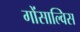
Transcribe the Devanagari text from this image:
गोंसाल्विस